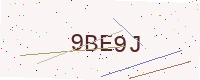
Text: 9BE9J